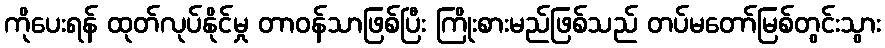
ကိုပေးရန် ထုတ်လုပ်နိုင်မှု တာဝန်သာဖြစ်ပြီး ကြိုးစားမည်ဖြစ်သည် တပ်မတော်မြစ်တွင်းသွား